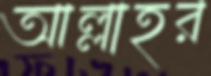
আল্লাহর